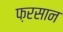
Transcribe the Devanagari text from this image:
फ़रसान